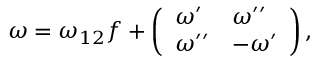
\omega = \omega _ { 1 2 } f + \left( \begin{array} { l l } { { \omega ^ { \prime } } } & { { \omega ^ { \prime \prime } } } \\ { { \omega ^ { \prime \prime } } } & { { - \omega ^ { \prime } } } \end{array} \right) ,